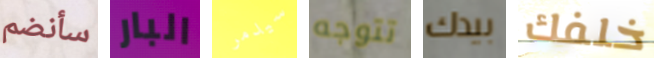
سأنضم البار سيدمر تتوجه بيدك خلفك